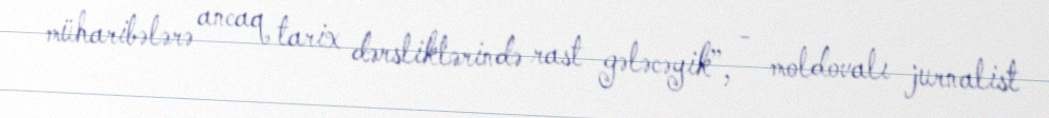
müharibələrə ancaq tarix dərsliklərində rast gələcəyik”, - moldovalı jurnalist